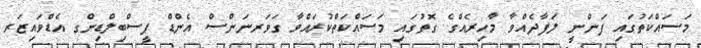
މަސައްކަތުގައި ފަންނީ ލަފާދެއްވާ މާހިރެއްގެ ގޮތުގައި މަސައްކަތްކުރައްވާ ގަވަރނަންސް އެންޑް ޕީސްބިލްޑިންގ އެޑްވައިޒަރ